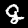
Label: 8